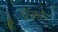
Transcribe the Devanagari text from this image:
ऍकोर